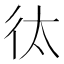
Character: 㣖